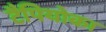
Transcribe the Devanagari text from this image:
टैपियोका